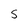
Character: S